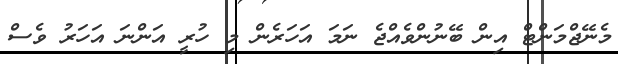
މެނޭޖްމަންޓް އިން ބޭނުންވެއްޖެ ނަމަ އަހަރެން މި ހުރީ އަންނަ އަހަރު ވެސް